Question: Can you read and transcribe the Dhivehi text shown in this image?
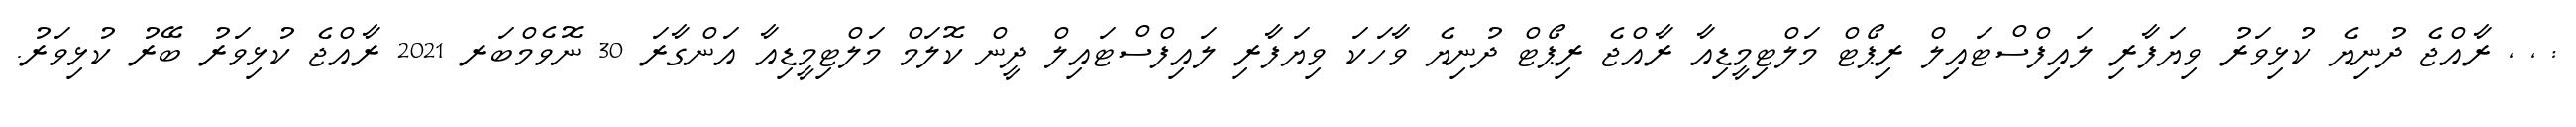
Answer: : , , ރާއްޖެ ދުނިޔެ ކުޅިވަރު ވިޔަފާރި ލައިފްސްޓައިލް ރިޕޯޓް މަލްޓިމީޑިއާ ރާއްޖެ ރިޕޯޓް ދުނިޔެ ވާހަކަ ވިޔަފާރި ލައިފްސްޓައިލް ދީން ކޮލަމް މަލްޓިމީޑިއާ އަންގާރަ 30 ނޮވެމްބަރ 2021 ރާއްޖެ ކުޅިވަރު ބޭރު ކުޅިވަރު.